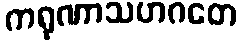
ကရုဏာသဟဂတေ